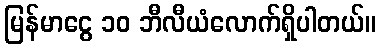
မြန်မာငွေ ၁၀ ဘီလီယံလောက်ရှိပါတယ်။